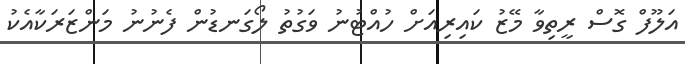
އަލޫފް ގޮސް ރީތިވާ މޭޒު ކައިރިއަށް ހުއްޓުނު ވަގުތު ލޯގަނޑުން ފެނުނު މަންޒަރަކާއެކު